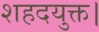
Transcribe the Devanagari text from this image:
शहदयुक्त।